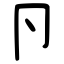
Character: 卪